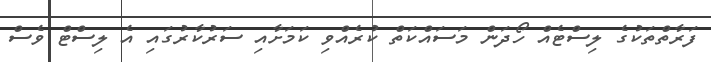
ފަރާތްތަކުގެ ލިސްޓެއް ހޯދަން މަސައްކަތް ކުރެއްވި ކަމަށާއި ސަރުކާރުގައި އެ ލިސްޓް ވެސް